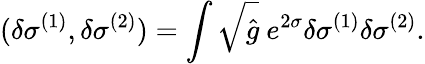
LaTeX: (\delta\sigma^{(1)},\delta\sigma^{(2)})=\int\sqrt{\hat{g}}~e^{2\sigma}\delta\sigma^{(1)}\delta\sigma^{(2)}.